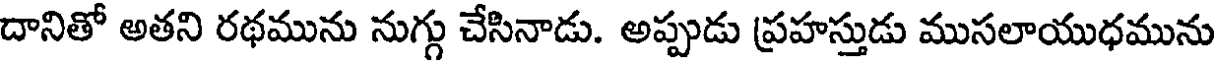
దానితో అతని రథమును నుగ్గు చేసినాడు. అప్పుడు ప్రహస్తుడు ముసలాయుధమును